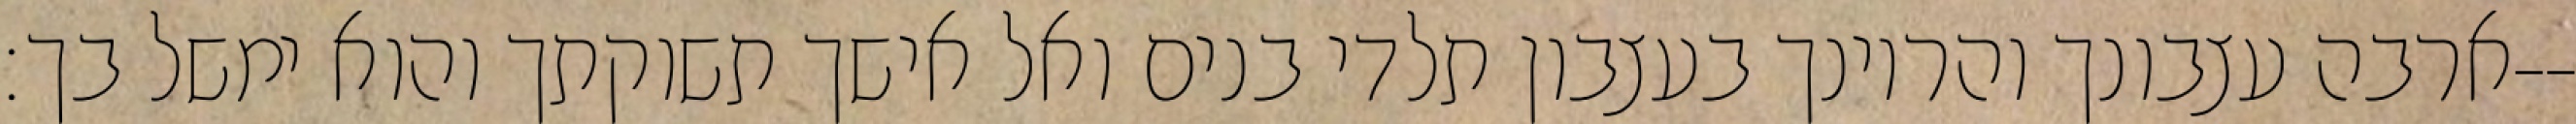
ארבה עצבונך והריונך בעצבון תלדי בנים ואל אישך תשוקתך והוא ימשל בך׃--